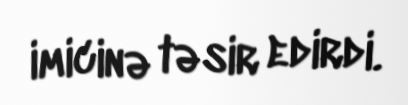
imicinə təsir edirdi.